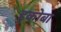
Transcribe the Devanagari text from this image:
हकोबा